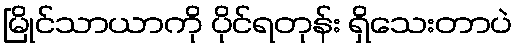
မြိုင်သာယာကို ပိုင်ရတုန်း ရှိသေးတာပဲ